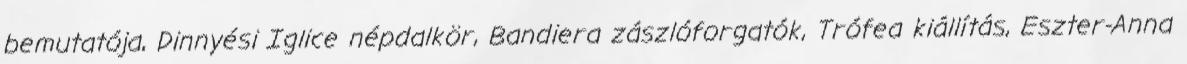
bemutatója, Dinnyési Iglice népdalkör, Bandiera zászlóforgatók, Trófea kiállítás, Eszter-Anna